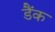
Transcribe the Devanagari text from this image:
डैंक